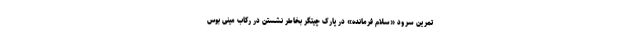
تمرین سرود «سلام فرمانده» در پارک چیتگر بخاطر نشستن در رکاب مینی بوس